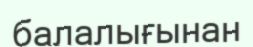
балалығынан